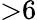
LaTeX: {>}6